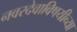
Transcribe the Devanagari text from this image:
नवरदेवाविषयीच्या